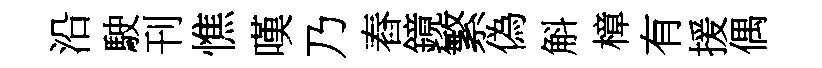
沿駛刊憔嘆乃舂鏡繁偽斛樟有援偶